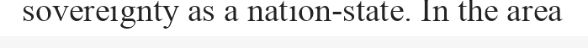
sovereignty as a nation-state. In the area